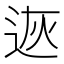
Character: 𨒭